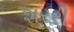
શરરી